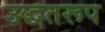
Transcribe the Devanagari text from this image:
उद्धतरूप